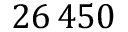
2 6 \, 4 5 0